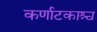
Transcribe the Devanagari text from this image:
कर्णाटकाश्च